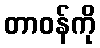
တာဝန်ကို